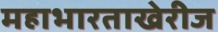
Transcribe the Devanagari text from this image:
महाभारताखेरीज